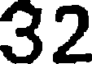
32